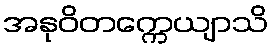
အနုဝိတက္ကေယျာသိ